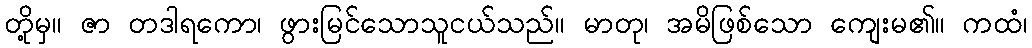
တို့မှ။ ဇာ တဒါရကော၊ ဖွားမြင်သောသူငယ်သည်။ မာတု၊ အမိဖြစ်သော ကျေးမ၏။ ကထံ၊